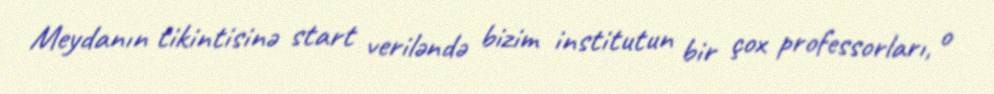
Meydanın tikintisinə start veriləndə bizim institutun bir çox professorları, o